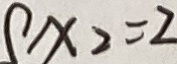
x _ { 2 } = 2